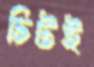
চিটই